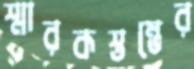
স্মারকস্তম্ভের